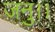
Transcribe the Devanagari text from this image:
जनु।।